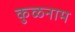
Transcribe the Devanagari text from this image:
कुळनाम